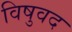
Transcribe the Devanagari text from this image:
विषुवद